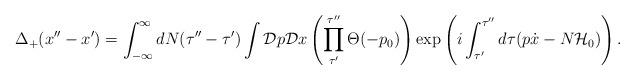
LaTeX: \begin{align*}\Delta_+(x''-x') = \int_{-\infty}^{\infty} dN(\tau''-\tau')\int {\cal D}p {\cal D}x\left( \prod_{\tau'}^{\tau''} \Theta(-p_0) \right) \exp\left( i \int_{\tau'}^{\tau''} d \tau (p \dot{x} -N {\cal H}_0)\right).\end{align*}